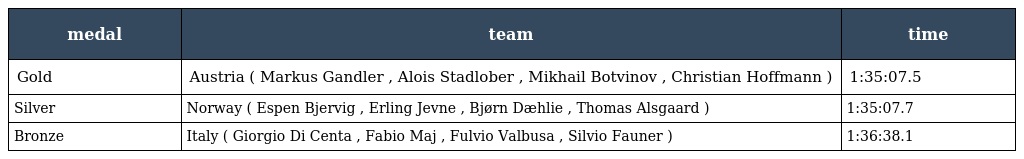
| medal | team | time |
 | --- | --- | --- |
 | Gold | Austria ( Markus Gandler , Alois Stadlober , Mikhail Botvinov , Christian Hoffmann ) | 1:35:07.5 |
 | Silver | Norway ( Espen Bjervig , Erling Jevne , Bjørn Dæhlie , Thomas Alsgaard ) | 1:35:07.7 |
 | Bronze | Italy ( Giorgio Di Centa , Fabio Maj , Fulvio Valbusa , Silvio Fauner ) | 1:36:38.1 |